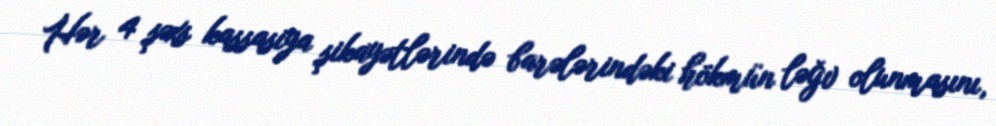
Hər 4 şəxs kassasiya şikayətlərində barələrindəki hökmün ləğv olunmasını,